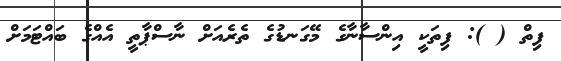
ފިތް ( ): ފިތަކީ އިންސާނާގެ މޭގަނޑުގެ ތެރެއަށް ނާސްޕާތީ އެއްގެ ބައްޓަމަށް